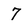
Character: 7